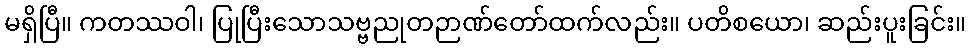
မရှိပြီ။ ကတဿဝါ၊ ပြုပြီးသောသဗ္ဗညုတဉာဏ်တော်ထက်လည်း။ ပတိစယော၊ ဆည်းပူးခြင်း။